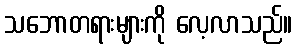
သဘောတရားများကို လေ့လာသည်။